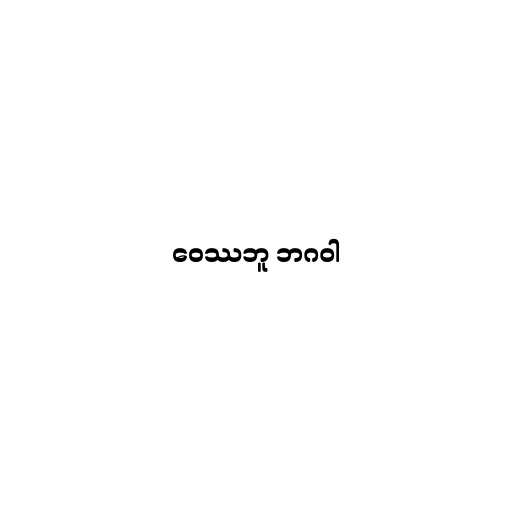
ဝေဿဘူ ဘဂဝါ